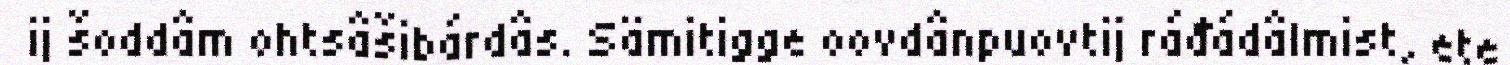
ij šoddâm ohtsâšibárdâs. Sämitigge oovdânpuovtij ráđádâlmist, ete